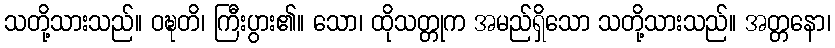
သတို့သားသည်။ ဝဍ္ဎတိ၊ ကြီးပွား၏။ သော၊ ထိုသတ္တုက အမည်ရှိသော သတို့သားသည်။ အတ္တနော၊